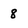
Character: 8